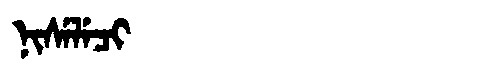
Manchu: ᠨᡳᠰᡝᠯᡝᠴᡳ
Romanization: NISELECI